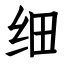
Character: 细